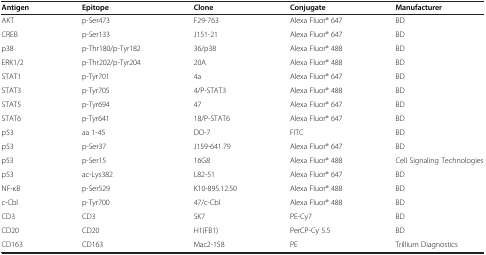
<table><thead><tr><td><b>Antigen</b></td><td><b>Epitope</b></td><td><b>Clone</b></td><td><b>Conjugate</b></td><td><b>Manufacturer</b></td></tr></thead><tbody><tr><td>AKT</td><td>p-Ser473</td><td>F29-763</td><td>Alexa Fluor® 647</td><td>BD</td></tr><tr><td>CREB</td><td>p-Ser133</td><td>J151-21</td><td>Alexa Fluor® 647</td><td>BD</td></tr><tr><td>p38</td><td>p-Thr180/p-Tyr182</td><td>36/p38</td><td>Alexa Fluor® 488</td><td>BD</td></tr><tr><td>ERK1/2</td><td>p-Thr202/p-Tyr204</td><td>20A</td><td>Alexa Fluor® 488</td><td>BD</td></tr><tr><td>STAT1</td><td>p-Tyr701</td><td>4a</td><td>Alexa Fluor® 647</td><td>BD</td></tr><tr><td>STAT3</td><td>p-Tyr705</td><td>4/P-STAT3</td><td>Alexa Fluor® 488</td><td>BD</td></tr><tr><td>STAT5</td><td>p-Tyr694</td><td>47</td><td>Alexa Fluor® 647</td><td>BD</td></tr><tr><td>STAT6</td><td>p-Tyr641</td><td>18/P-STAT6</td><td>Alexa Fluor® 647</td><td>BD</td></tr><tr><td>p53</td><td>aa 1-45</td><td>DO-7</td><td>FITC</td><td>BD</td></tr><tr><td>p53</td><td>p-Ser37</td><td>J159-641.79</td><td>Alexa Fluor® 647</td><td>BD</td></tr><tr><td>p53</td><td>p-Ser15</td><td>16G8</td><td>Alexa Fluor® 488</td><td>Cell Signaling Technologies</td></tr><tr><td>p53</td><td>ac-Lys382</td><td>L82-51</td><td>Alexa Fluor® 647</td><td>BD</td></tr><tr><td>NF-κB</td><td>p-Ser529</td><td>K10-895.12.50</td><td>Alexa Fluor® 488</td><td>BD</td></tr><tr><td>c-Cbl</td><td>p-Tyr700</td><td>47/c-Cbl</td><td>Alexa Fluor® 488</td><td>BD</td></tr><tr><td>CD3</td><td>CD3</td><td>SK7</td><td>PE-Cy7</td><td>BD</td></tr><tr><td>CD20</td><td>CD20</td><td>H1(FB1)</td><td>PerCP-Cy 5.5</td><td>BD</td></tr><tr><td>CD163</td><td>CD163</td><td>Mac2-158</td><td>PE</td><td>Trillium Diagnostics</td></tr></tbody></table>